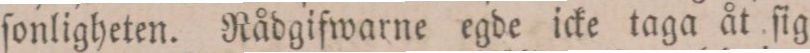
ſonligheten. Rådgifwarne egde icke taga åt ſig